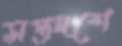
সপ্তদশে